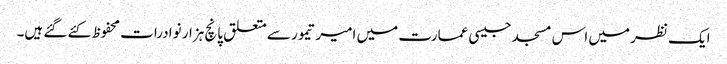
ایک نظر میں اس مسجد جیسی عمارت میں امیر تیمور سے متعلق پانچ ہزار نوادرات محفوظ کئے گئے ہیں۔